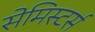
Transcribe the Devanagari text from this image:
सेमिस्टर्स